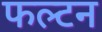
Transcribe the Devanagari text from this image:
फल्टन